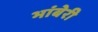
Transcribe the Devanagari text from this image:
भांबेरी